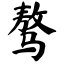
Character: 骜